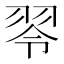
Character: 䎆